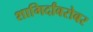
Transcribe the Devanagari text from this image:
शागिर्दांबरोबर